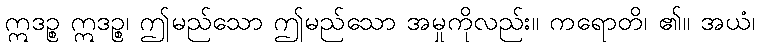
ဣဒဉ္စ ဣဒဉ္စ၊ ဤမည်သော ဤမည်သော အမှုကိုလည်း။ ကရောတိ၊ ၏။ အယံ၊